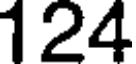
124